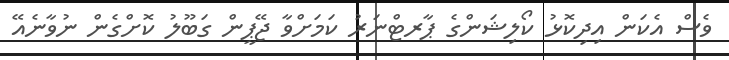
ވެސް އެކަން އިދިކޮޅު ކޯލިޝަންގެ ޕާރޓްނަރު ކަމަށްވާ ޖޭޕީން ގަބޫލު ކޮޮށްގެން ނުވާނެއޭ